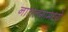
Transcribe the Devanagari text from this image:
नातलगांमध्ये